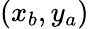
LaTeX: (x_{b},y_{a})